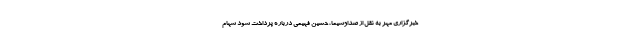
خبرگزاری مهر به نقل از صداوسیما، حسین فهیمی درباره پرداخت سود سهام